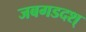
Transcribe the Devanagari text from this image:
जबगडदश्